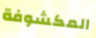
المكشوفة